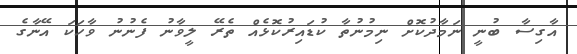
އާގިސާ ބުނީ ނަމާދުކޮށް ނިމުނުތާ ކުޑައިރުކޮޅެއް ތެރޭ ލީވާނު ފެނުނު ވާހަކަ އޭނާގެ